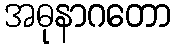
အဓုနာဂတော